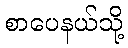
စာပေနယ်သို့